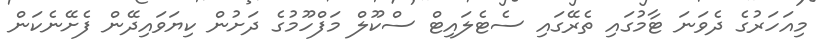
މިއަހަރުގެ ދެވަނަ ޓާމުގައި ތެރޭގައި ސެޓެލައިޓް ސްކޫލް މަފްހޫމުގެ ދަށުން ކިޔަވައިދޭން ފެށޭނެކަން